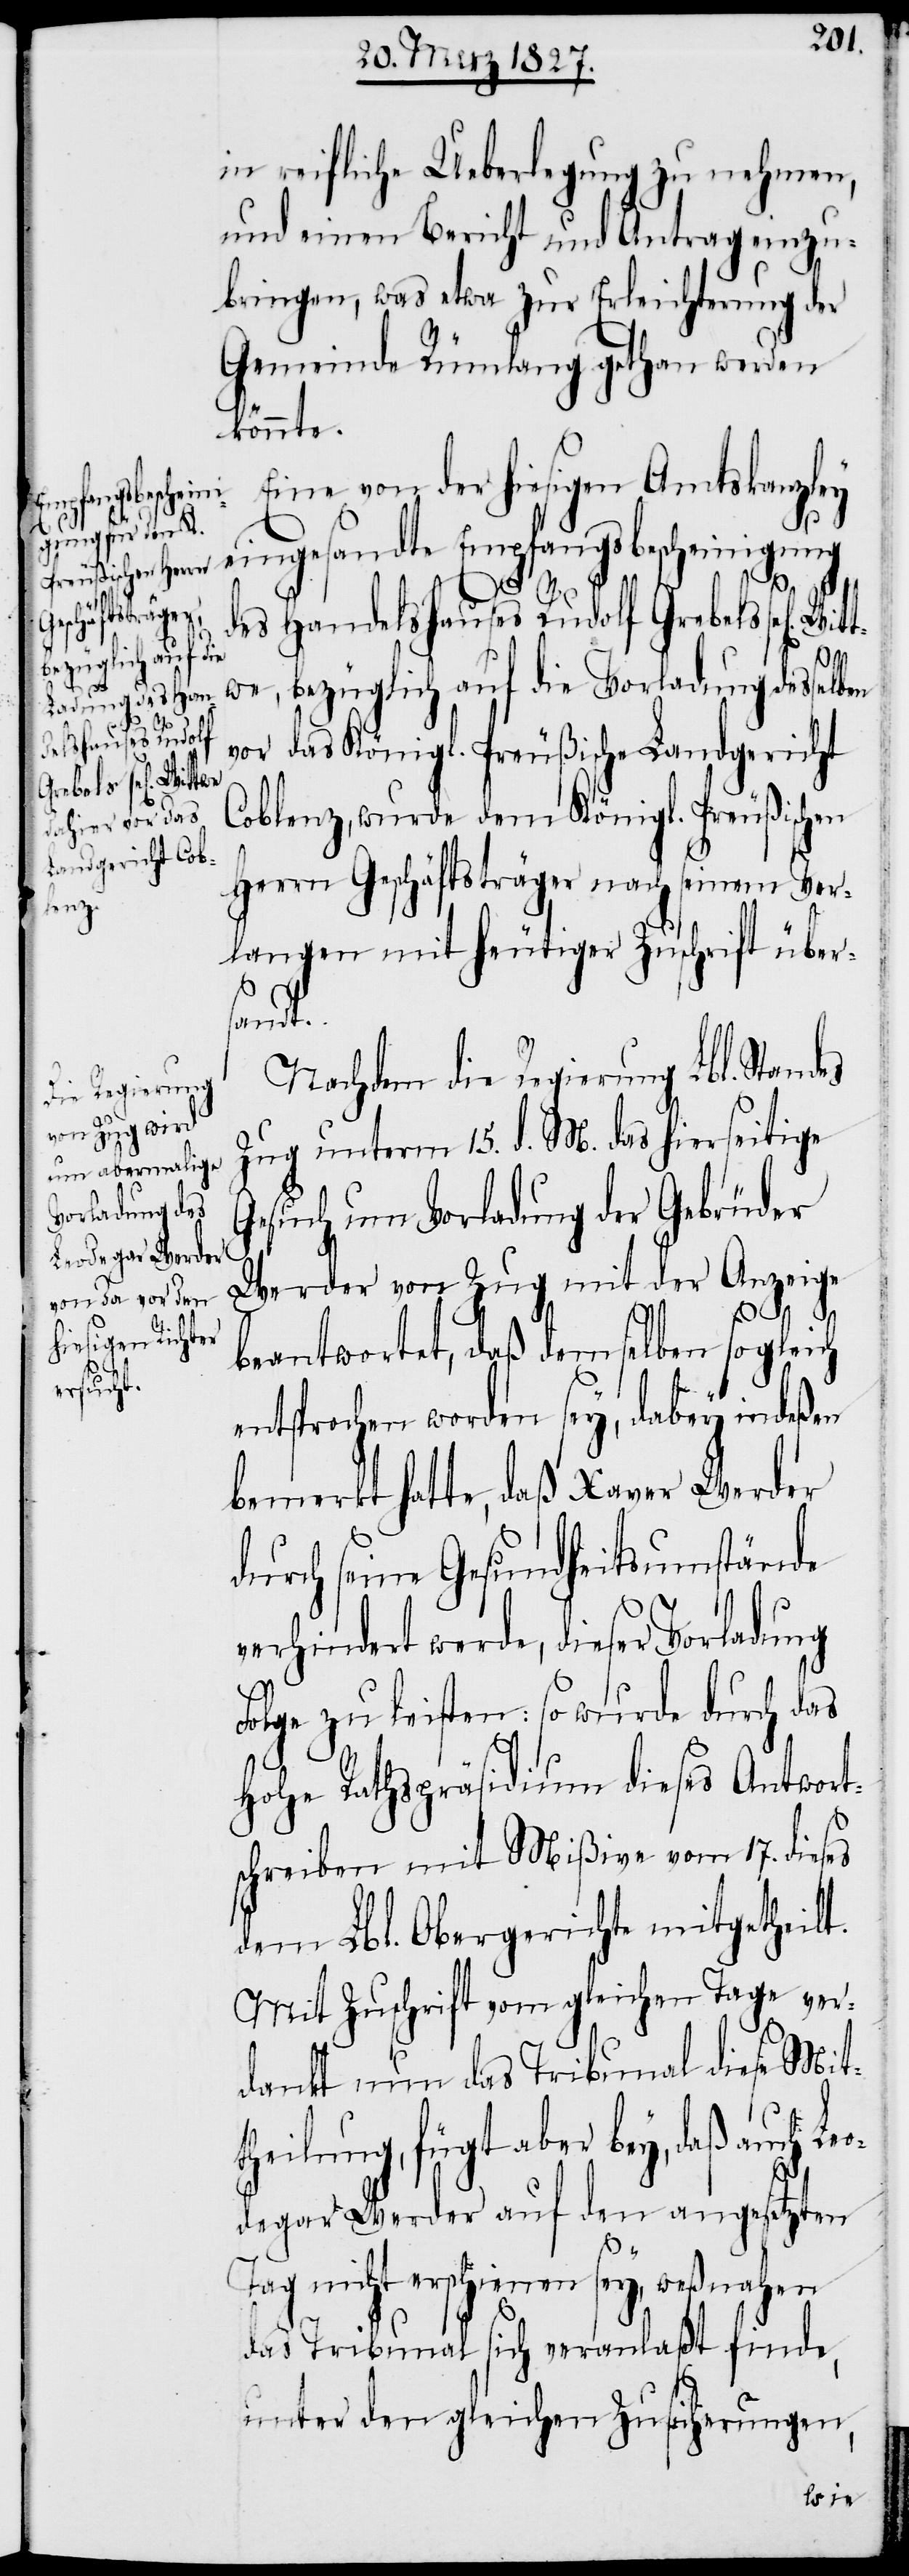
in reifliche Ueberlegung zu nehmen,
und einen Bericht und Antrag einzu¬
bringen, was etwa zur Erleichterung der
Gemeinde Rümlang gethan werden
könnte.
Eine von der hiesigen Amtskanzley
eingesandte Empfangsbescheinigung
des Handelshauses Rudolf Grebels sel[igen]
Witt¬
we, bezüglich auf die Vorladung desselben
vor das Königl. Preußische Landgericht
Coblenz, wurde dem Königl. Preußischen
Herrn Geschäftsträger nach seinem Ver¬
langen mit heutiger Zuschrift über¬
sandt.
Nachdem die Regierung Lbl. Standes
Zug unterm 15. d. M. das hierseitige
Gesuch um Vorladung der Gebrüder
Werder von Zug mit der Anzeige
beantwortet, daß demselben sogleich
entsprochen worden sey, dabey indeßen
bemerkt hatte, daß Xaver Werder
durch seine Gesundheitsumstände
verhindert werde, dieser Vorladung
Folge zu leisten: so wurde durch das
Hohe Rathspräsidium dieses Antwort¬
schreiben mit Mißive vom 17. dieses
dem Lbl. Obergerichte mitgetheilt.
Mit Zuschrift vom gleichen Tage ver¬
dankt nun das Tribunal diese Mit¬
theilung, fügt aber bey, daß auch Le¬
odegar Werder auf den angesetzten
Tag nicht erschienen sey, weßnahen
das Tribunal sich veranlaßt finde,
unter den gleichen Zusicherungen,